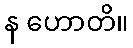
န ဟောတိ။